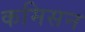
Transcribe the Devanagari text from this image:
कमिसन